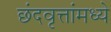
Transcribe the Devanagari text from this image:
छंदवृत्तांमध्ये